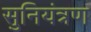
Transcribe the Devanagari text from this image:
सुनियंत्रण